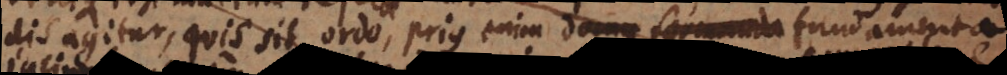
agitur, quis sit ordo, prius enim damus formanda fundamenta